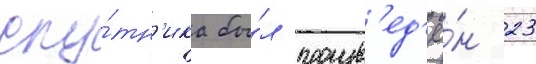
спу́тн'ика бы́л произв'ед'ё́н 23